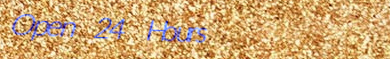
Open 24 Hours